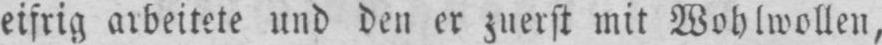
eifrig arbeitete und den er zuerst mit Wohlwollen,